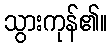
သွားကုန်၏။